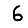
Digit: 6